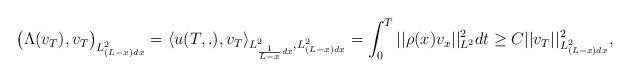
\begin{align*}\big( \Lambda (v_T), v_T\big)_{L^2_{ (L-x)dx }} = \langle u(T,.), v_T\rangle _{L^2_{ \frac{1}{L-x} dx }, L^2_{(L-x)dx}} =\int_0^T ||\rho (x)v_x||^2_{L^2} dt \ge C ||v_T||^2_{L^2_{(L-x) dx}} ,\end{align*}